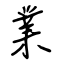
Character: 業